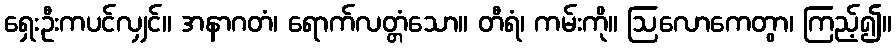
ရှေးဦးကပင်လျှင်။ အနာဂတံ၊ ရောက်လတ္တံသော။ တီရံ၊ ကမ်းကို။ ဩလောကေတွာ၊ ကြည့်၍။